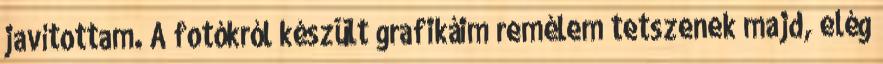
javítottam. A fotókról készült grafikáim remélem tetszenek majd, elég